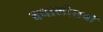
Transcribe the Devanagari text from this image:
बयालीसवीं